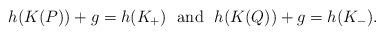
LaTeX: \begin{align*} h(K(P)) + g = h(K_+)\ \mbox{ and }\ h(K(Q)) + g = h(K_-). \end{align*}